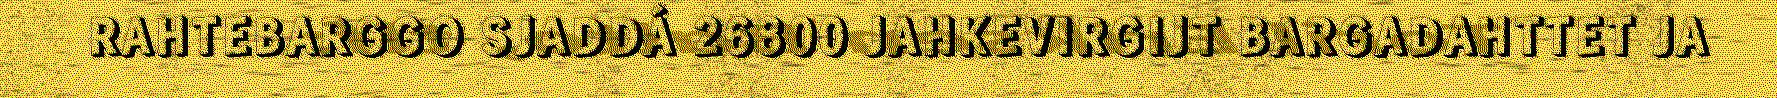
RAHTEBARGGO SJADDÁ 26800 JAHKEVIRGIJT BARGADAHTTET JA